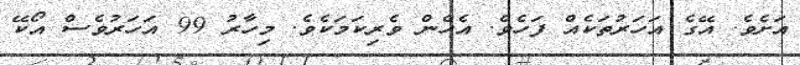
އަށެވެ. އޭގެ އަހަރުތަކެއް ފަހެވެ. އެެހެން ވެރިކަމަކެވެ. މިހާރު 99 އަހަރުވެސް އޯކޭ